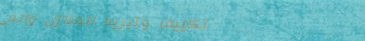
تكييف وتبريد المنازل والم